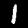
Label: 1